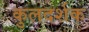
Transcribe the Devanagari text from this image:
कुलदर्शक